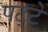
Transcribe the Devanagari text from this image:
पट्‍टे